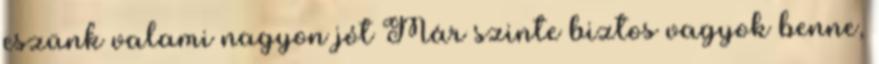
eszünk valami nagyon jót Már szinte biztos vagyok benne,